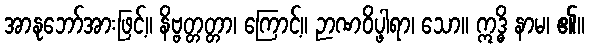
အာနုဘော်အားဖြင့်။ နိဗ္ဗတ္တတ္တာ၊ ကြောင့်။ ဉာဏဝိပ္ဖါရာ၊ သော။ ဣဒ္ဓိ နာမ၊ ၏။